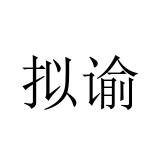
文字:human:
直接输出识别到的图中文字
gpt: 拟谕